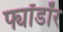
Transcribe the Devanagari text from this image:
फ्यॉडॉर